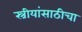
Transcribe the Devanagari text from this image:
स्त्रीयांसाठीचा